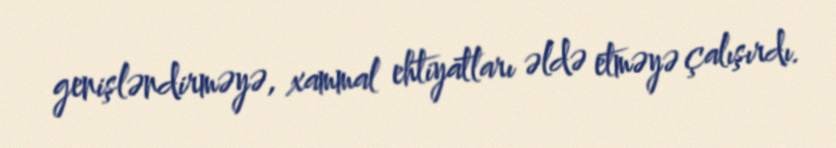
genişləndirməyə, xammal ehtiyatları əldə etməyə çalışırdı.